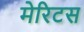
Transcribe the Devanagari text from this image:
मेरिटस